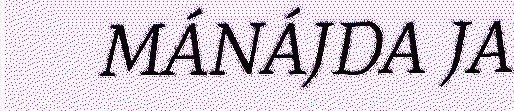
MÁNÁJDA JA